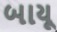
બાયૂ